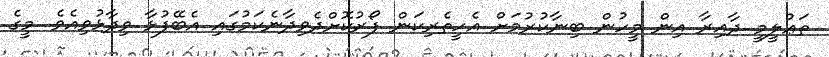
ތަޢުލީމީ ދާއިރާ އިން މީހުން ބިނާކުރުމަށް އެހީތެރިކަން ފޯރުކޮށްދެވިދާނެކަމުގައި އެބޭފުޅާ ވިދާޅުވިއެވެ. މީގެ